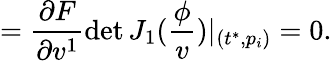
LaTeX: =\frac{\partial F}{\partial v^{1}}\operatorname*{det}J_{1}(\frac\phi v)|_{(t^{*},p_{i})}=0.